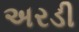
અરડી